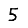
Digit: 5